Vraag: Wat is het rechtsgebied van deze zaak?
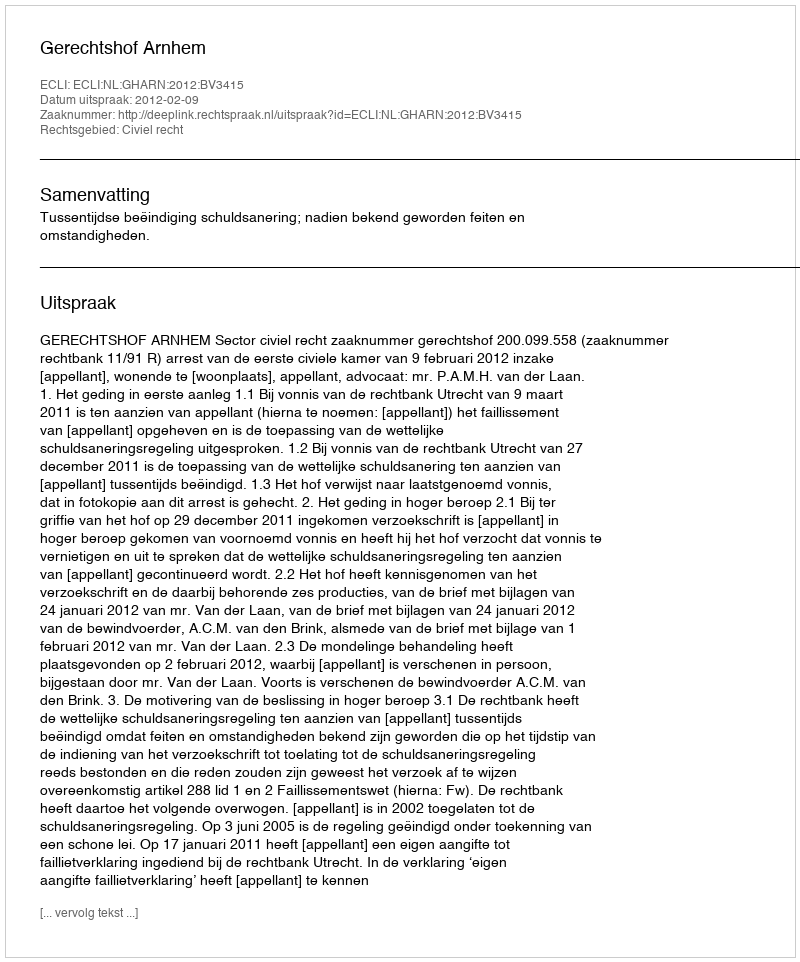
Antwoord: Civiel recht